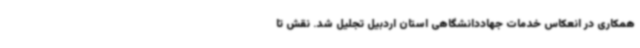
همکاری در انعکاس خدمات جهاددانشگاهی استان اردبیل تجلیل شد. نقش تا